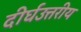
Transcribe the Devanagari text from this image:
दीर्घउत्तरीय